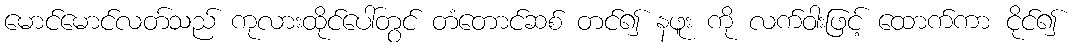
မောင်မောင်လတ်သည် ကုလားထိုင်ပေါ်တွင် တံတောင်ဆစ် တင်၍ နဖူး ကို လက်ဝါးဖြင့် ထောက်ကာ ငိုင်၍